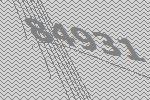
84931